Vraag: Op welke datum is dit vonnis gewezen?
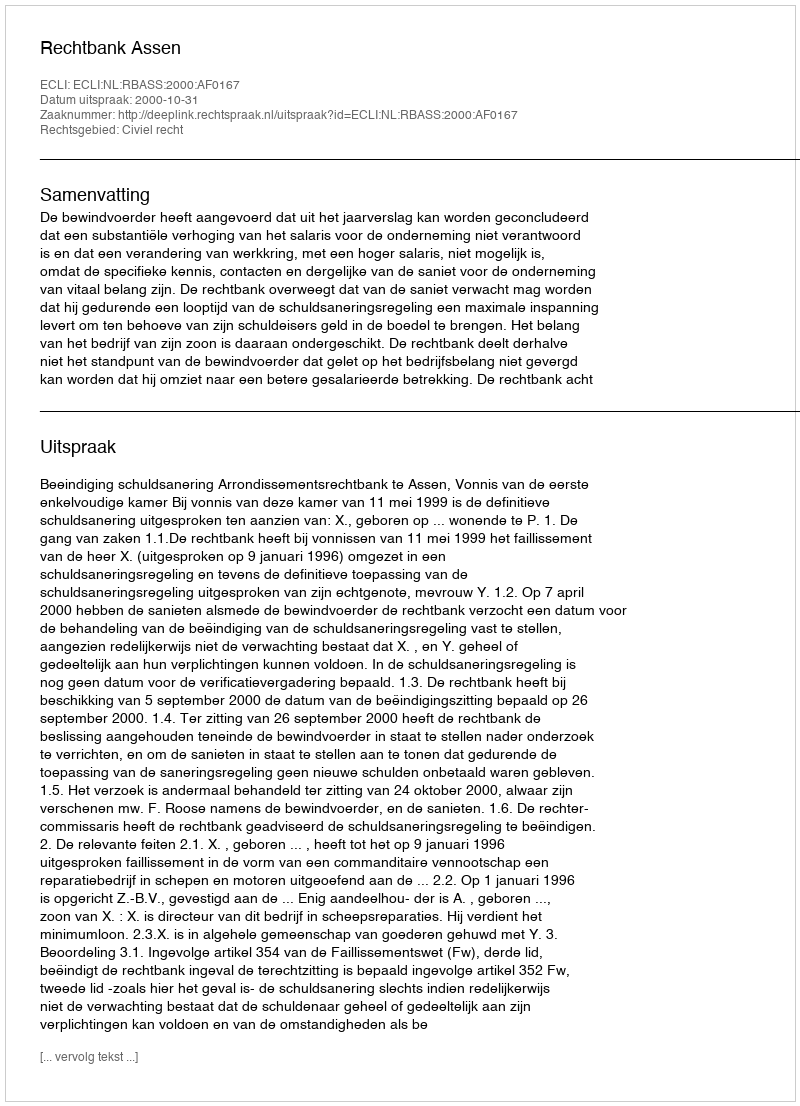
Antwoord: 2000-10-31